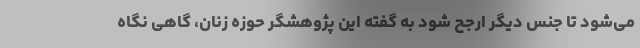
می‌شود تا جنس دیگر ارجح شود به گفته این پژوهشگر حوزه زنان، گاهی نگاه